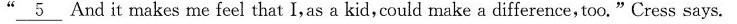
" \underline{5} And it makes me feel that I,as a kid,could make a difference, too."Cress says.